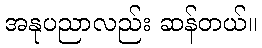
အနုပညာလည်း ဆန်တယ်။